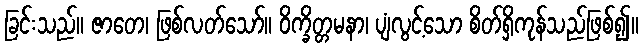
ခြင်းသည်။ ဇာတေ၊ ဖြစ်လတ်သော်။ ဝိက္ခိတ္တမနာ၊ ပျံလွင့်သော စိတ်ရှိကုန်သည်ဖြစ်၍။